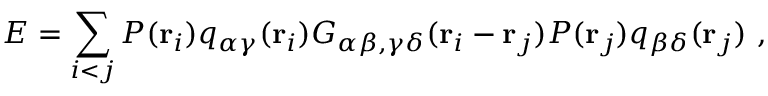
E = \sum _ { i < j } P ( { \bf r } _ { i } ) q _ { \alpha \gamma } ( { \bf r } _ { i } ) G _ { \alpha \beta , \gamma \delta } ( { \bf r } _ { i } - { \bf r } _ { j } ) P ( { \bf r } _ { j } ) q _ { \beta \delta } ( { \bf r } _ { j } ) ~ ,